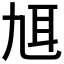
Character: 𦔱